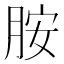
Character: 胺